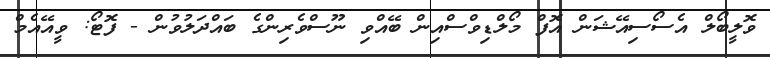
ވޮލީބޯލް އެސޯސިއޭޝަން އޮފް މޯލްޑިވްސްއިން ބޭއްވި ނޫސްވެރިންގެ ބައްދަލުވުން - ފޮޓޯ: ވީއޭއެމް